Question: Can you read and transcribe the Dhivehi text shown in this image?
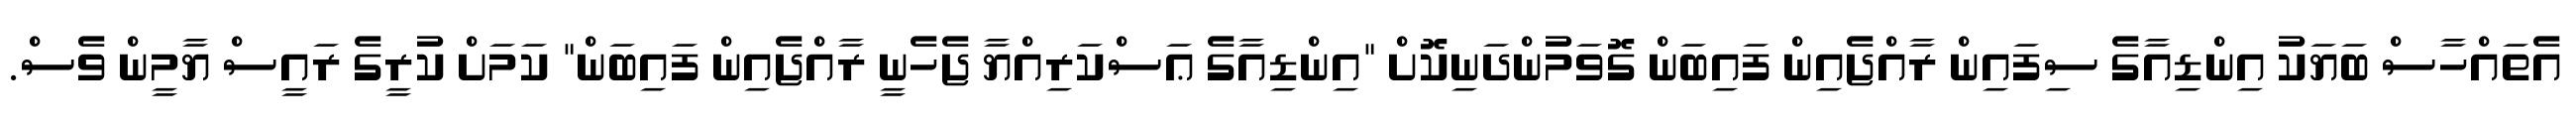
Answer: އެތައްހާސް ބަޔަކު އިންޑިއާގެ ސިފައިން ރާއްޖެއިން ފައިބަން ގޮވަމުންދަނިކޮށް "އިންޑިއާގެ ޢަސްކަރިއްޔާ ޖެހެނީ ރާއްޖެއިން ފައިބަން" ކަމަށް ކުރީގެ ރައީސް ޔާމީން ވެސް.